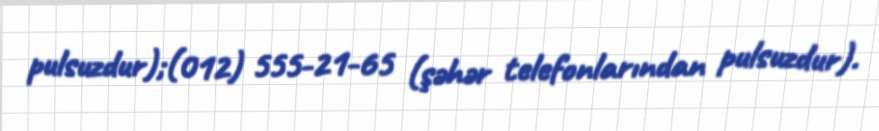
pulsuzdur);(012) 555-21-65 (şəhər telefonlarından pulsuzdur).